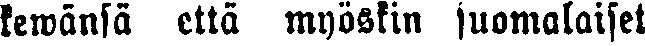
kewänsä että myöskin suomalaiset